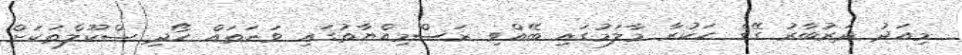
މިއަދު ދަރުބާރު ގޭގެ ހަކުރާ މާލަމުގައި ބޭއްވި ރަސްމިއްޔާތުގައި ވަނަތައް ހޯދި ސްކޫލްތަކަށް